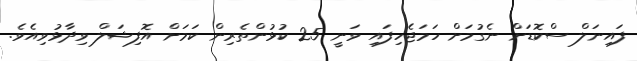
ފައިނަލް ސްކޮޑަށް ނެގުމަށް ހަމަޖެހިފައި ވަނީ 25 ކުޅުންތެރިން ކަމަށް އޮފިޝަލް ވިދާޅުވިއެވެ.